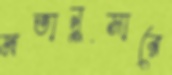
মতানুসারে